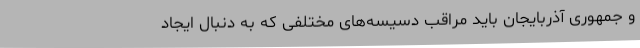
و جمهوری آذربایجان باید مراقب دسیسه‌های مختلفی که به دنبال ایجاد